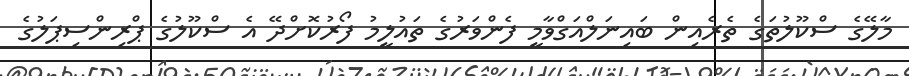
މާލޭގެ ސްކޫލުތަގެ ތެރެއިން ބައިނަލްއަގްވާމީ ފެންވަރުގެ ތައުލީމު ފޯރުކޮށްދޭ އެ ސްކޫލުގެ ޕްރިންސިޕަލުގެ